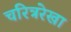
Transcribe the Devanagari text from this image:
चरित्ररेखा